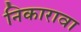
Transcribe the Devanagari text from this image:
निकारावा